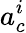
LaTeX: a_{c}^{i}